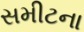
સમીટના